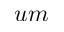
u m